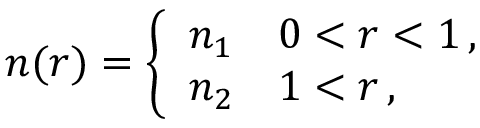
n ( r ) = \left\{ \begin{array} { l l } { n _ { 1 } } & { 0 < r < 1 \, , } \\ { n _ { 2 } } & { 1 < r \, , } \end{array} \right.